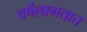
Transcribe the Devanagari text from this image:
वर्षेलागतात